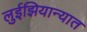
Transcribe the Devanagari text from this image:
लुईझियान्यात